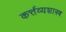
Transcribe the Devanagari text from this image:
कर्त्तव्यशास्त्र